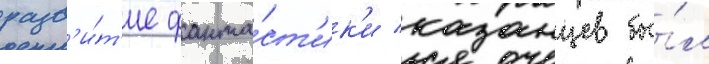
разв'и́т'ие фанта́ст'ик'и казанцев бы́л